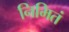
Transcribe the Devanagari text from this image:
निमितं